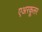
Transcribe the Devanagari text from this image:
एअरकूलर